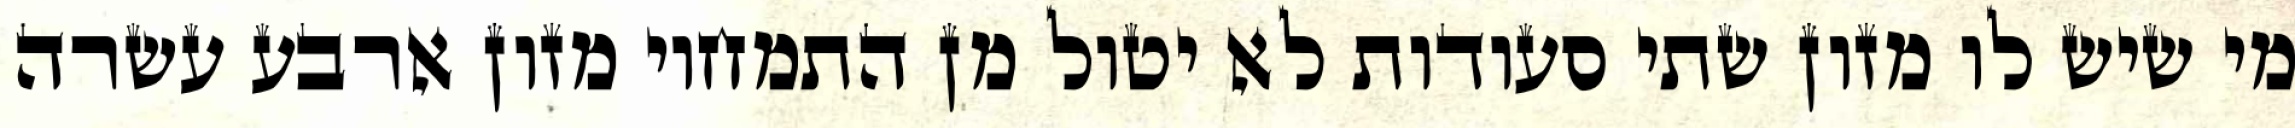
מי שיש לו מזון שתי סעודות לא יטול מן התמחוי מזון ארבע עשרה